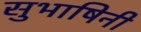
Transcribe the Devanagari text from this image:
सुभाषिनी